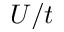
U / t